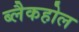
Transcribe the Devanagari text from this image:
ब्लैकहोल